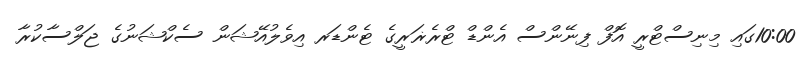
10:00ގައި މިނިސްޓްރީ އޮފް ފިނޭންސް އެންޑް ޓްރެޜަރީގެ ޓެންޑަރ އިވެލުއޭޝަން ސެކްޝަނުގެ ޖަލްސާކުރާ